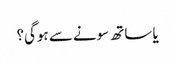
یا ساتھ سونے سے ہوگی؟